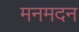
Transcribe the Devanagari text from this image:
मनमदन